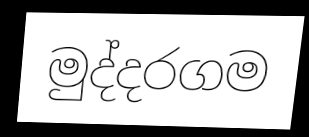
මුද්දරගම